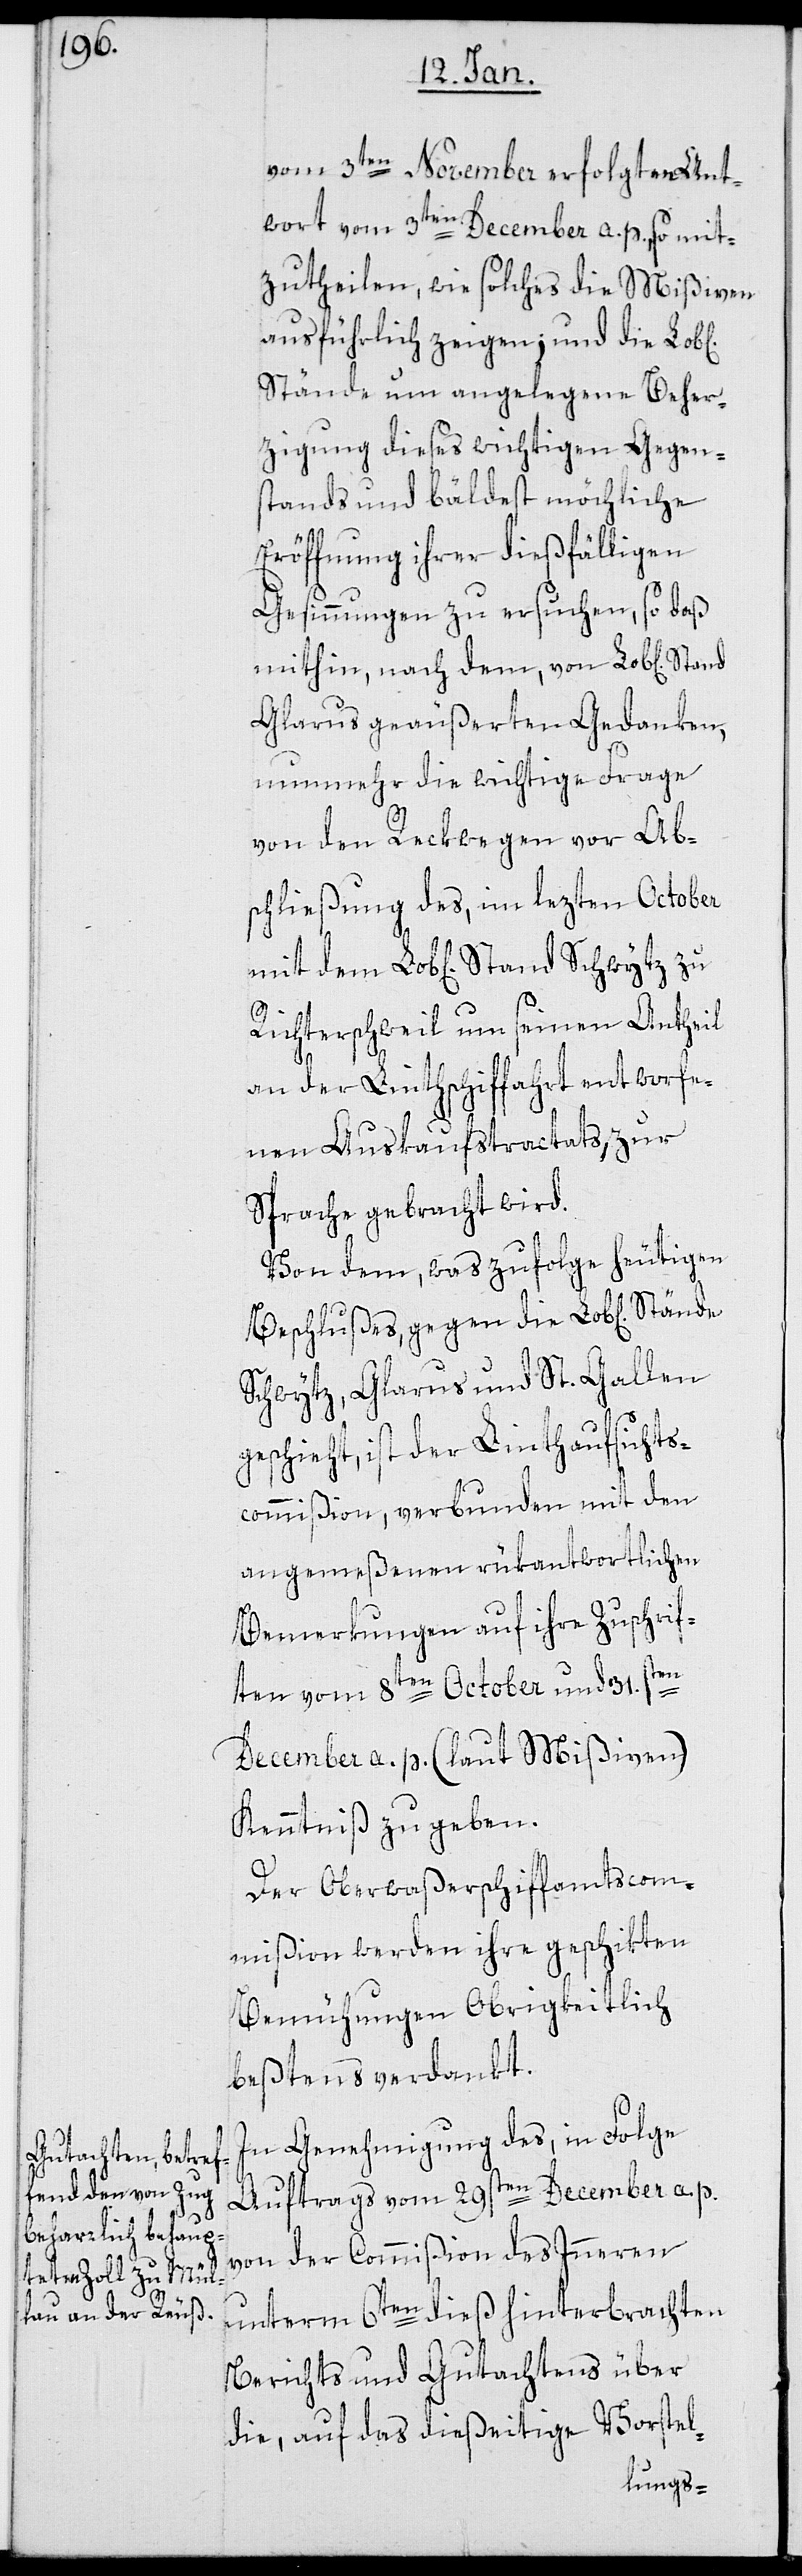
vom 3ten November erfolgte Ant¬
wort vom 3ten December a. p., so mit¬
zutheilen, wie solches die Mißiven
ausführlich zeigen, und die
Stände um angelegene Beher¬
zigung dieses wichtigen Gegen¬
stands und bäldest mögliche
Eröffnung ihrer dießfälligen
Gesinnungen zu ersuchen, so daß
mithin, nach dem von Lob[lichen]
Glarus geäußerten Gedanken,
nunmehr die wichtige Frage
von den Reckwegen vor Ab¬
schließung des, im lezten October
Richterschweil um seinen Antheil
an der Linthschiffahrt entworfe¬
nen Auskaufstractats, zur
Sprache gebracht wird.
Von dem, was zufolge heutigen
Beschlußes, gegen die Lob[lichen]
Schwytz, Glarus und St. Gallen
geschieht, ist der Linthaufsichts¬
commißion, verbunden mit den
angemeßenen rükantwortlichen
Bemerkungen auf ihre Zuschrif¬
ten vom 8ten October und 31sten
December a. p. (laut Mißiven)
Kenntniß zu geben.
Der Oberwaßerschiffamtscom¬
mißion werden ihre geschikten
Bemühungen Obrigkeitlich
beßtens verdankt.
In Genehmigung des, in Folge
Auftrags vom 29sten December a. p.
von der Commißion des Inneren
unterm 6ten dieß hinterbrachten
Berichts und Gutachtens über
die, auf das dießeitige Vorstel-